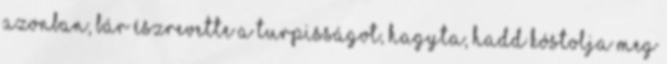
azonban, bár észrevette a turpisságot, hagyta, hadd kóstolja meg